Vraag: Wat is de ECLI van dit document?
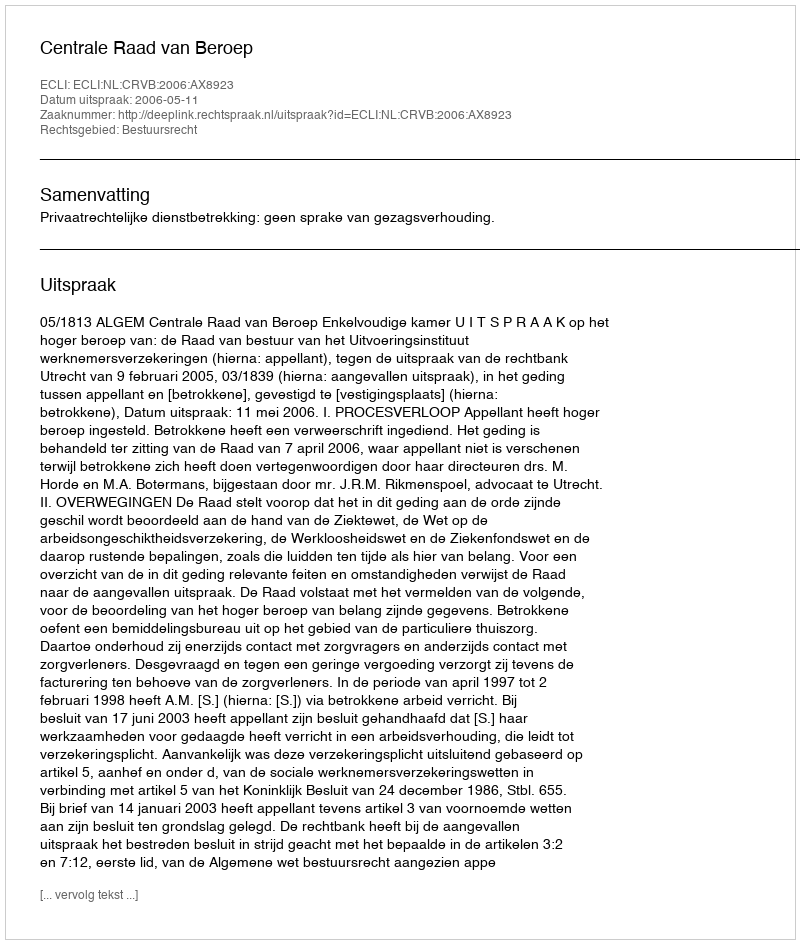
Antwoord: ECLI:NL:CRVB:2006:AX8923